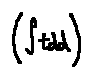
( \int t d d )